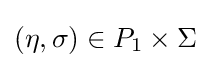
(\eta ,\sigma )\in P_{1}\times \Sigma